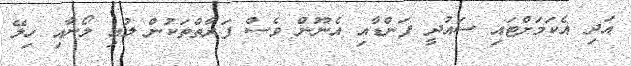
އަދި އެކަމަށްޓައި ސައުދީ ފަންޑާއި އެނޫން ވެސް ފަރާތްތަކުން ލުއި ލޯނާއި ހިލޭ